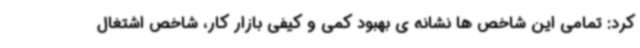
کرد: تمامی این شاخص ها نشانه ی بهبود کمی و کیفی بازار کار، شاخص اشتغال